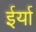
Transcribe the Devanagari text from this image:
ईर्या